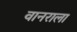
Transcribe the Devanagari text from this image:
वानराला